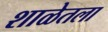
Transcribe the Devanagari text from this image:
शाळेतला